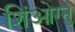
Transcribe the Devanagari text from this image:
शिंओग्नु